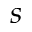
s